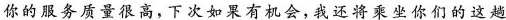
你的服务质量很高，下次如果有机会，我还将乘坐你们的这趟